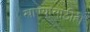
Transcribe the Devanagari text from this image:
खाण्यासाठीही